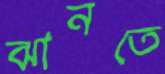
ঝানতে